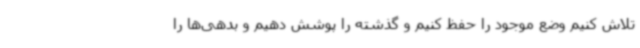
تلاش کنیم وضع موجود را حفظ کنیم و گذشته را پوشش دهیم و بدهی‌ها را